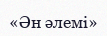
«Ән әлемі»